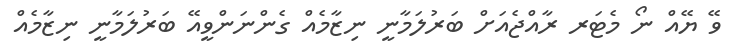
ވޭ ޔޭއް ނޯ މެޓަރ ރާއްޖެއަށް ބަރުލަމާނީ ނިޒާމެއް ގެންނަންވީއޭ ބަރުލަމާނީ ނިޒާމެއް